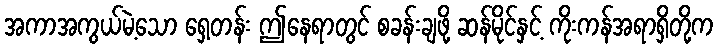
အကာအကွယ်မဲ့သော ရှေ့တန်း ဤနေရာတွင် စခန်းချဖို့ ဆန်မိုင်နှင့် ကိုးကန်အရာရှိတို့က